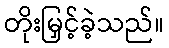
တိုးမြှင့်ခဲ့သည်။